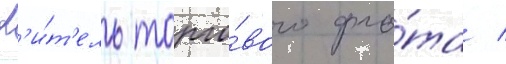
К'и́т'ель торго́вого фло́та /